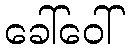
ခေါ်ဝေါ်